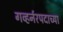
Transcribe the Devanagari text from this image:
गव्हर्नरपदाच्या